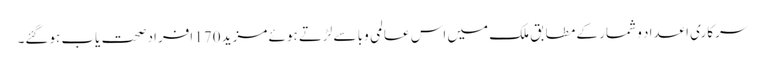
سرکاری اعداد و شمار کے مطابق ملک میں اس عالمی وبا سے لڑتے ہوئے مزید 170 افراد صحت یاب ہوگئے۔